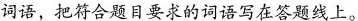
词语，把符合题目要求的词语写在答题线上。